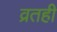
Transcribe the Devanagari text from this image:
व्रतही